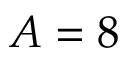
A = 8